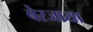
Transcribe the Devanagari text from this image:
बेरजाया